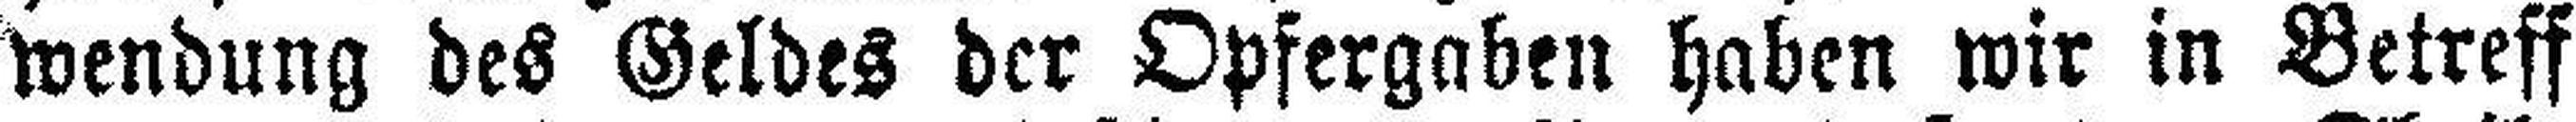
wendung des Geldes der Opfergaben haben wir in Betreff